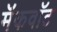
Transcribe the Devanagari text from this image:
मॅकवॉट